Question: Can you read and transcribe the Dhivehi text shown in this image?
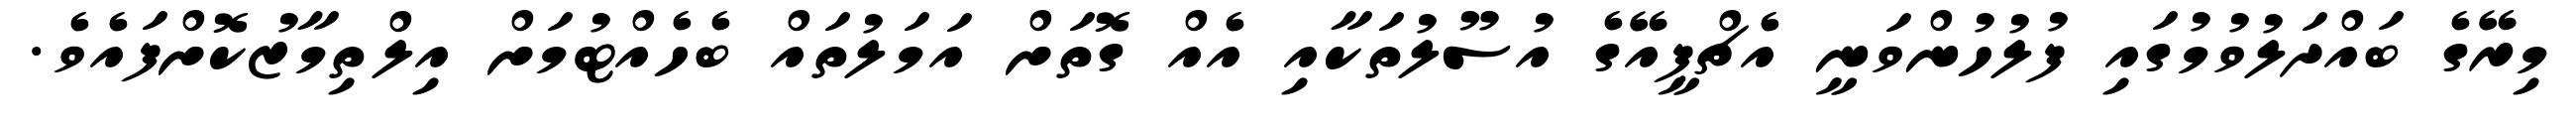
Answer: މިރޭގެ ބައްދަލުވުމުގައި ފުލުހުންވަނީ އެޗްޕީއޭގެ އުސޫލުތަކާއި އެއް ގޮތަށް އަމަލުތައް ބެހެއްޓުމަށް އިލްތިމާޒުކޮށްފައެވެ.